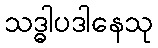
သဒ္ဓါပဒါနေသု